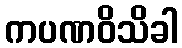
ကပဏဝိသိခါ